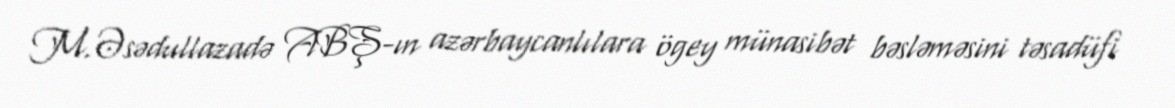
M.Əsədullazadə ABŞ-ın azərbaycanlılara ögey münasibət bəsləməsini təsadüfi